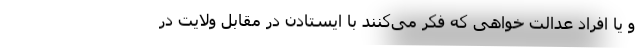
و یا افراد عدالت خواهی که فکر می‌کنند با ایستادن در مقابل ولایت در